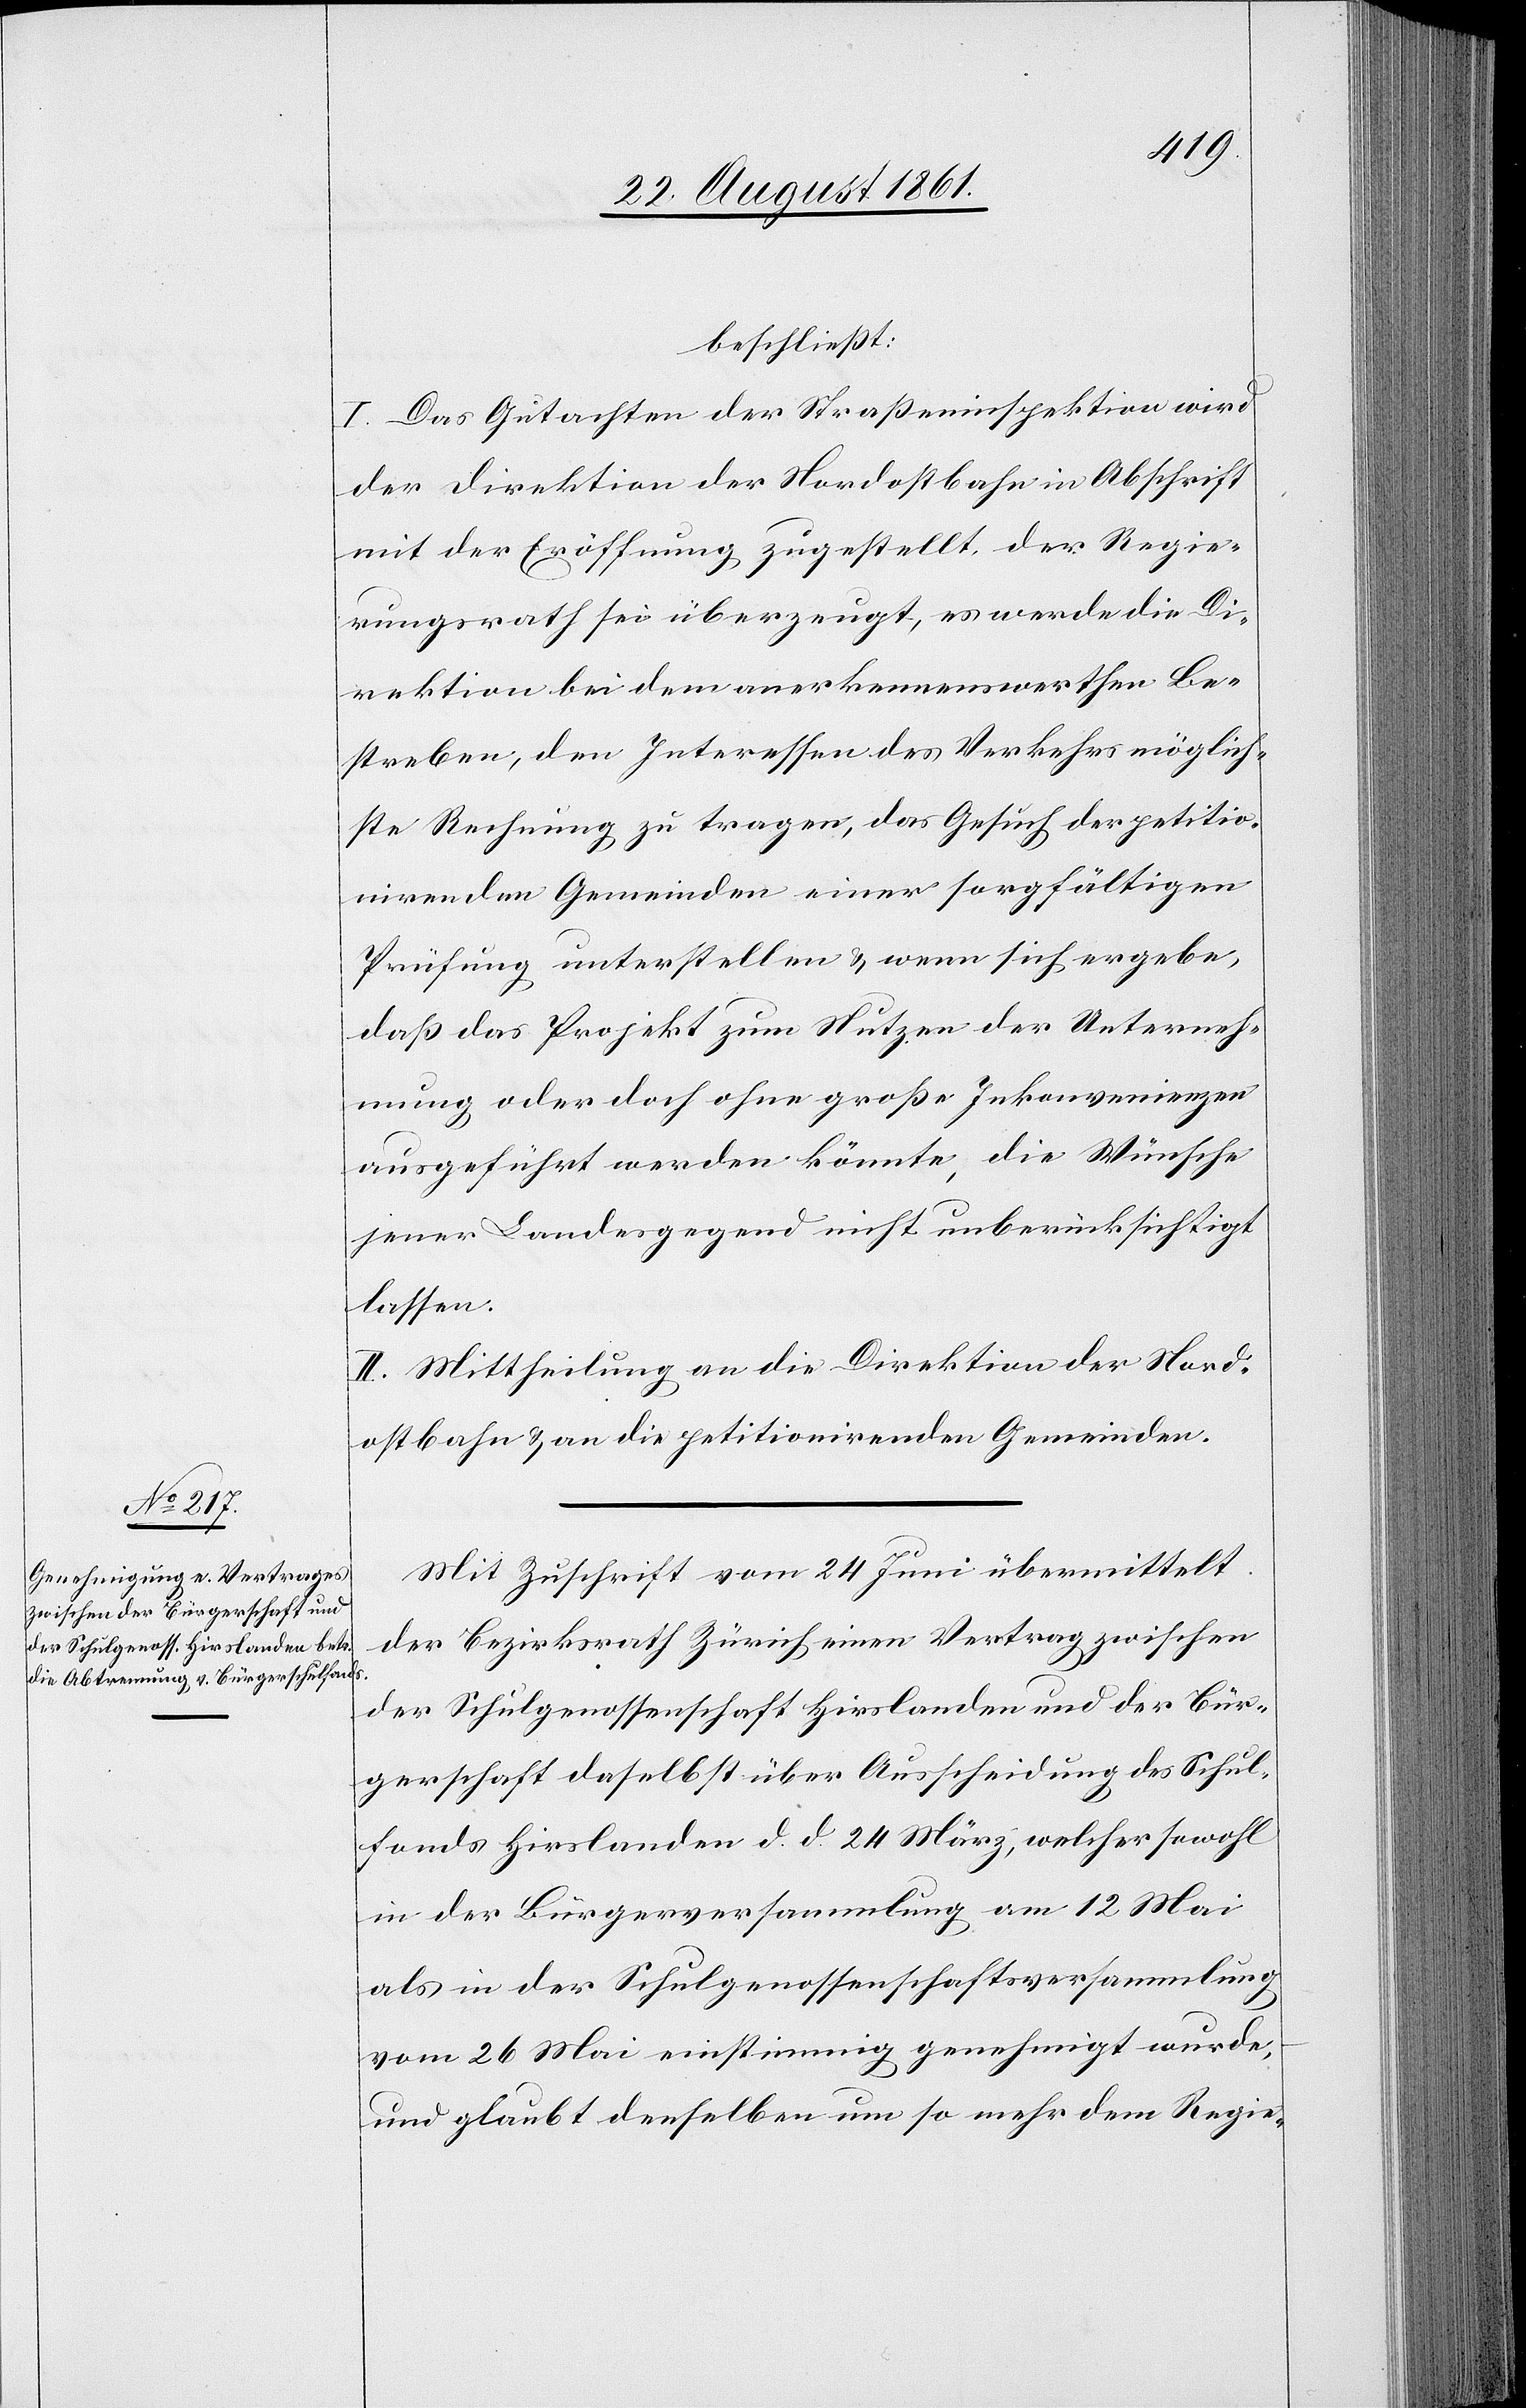
beschließt:
I. Das Gutachten der Straßeninspektion wird
der Direktion der Nordostbahn in Abschrift
mit der Eröffnung zugestellt, der Regie¬
rungsrath sei überzeugt, es werde die Di¬
rektion bei dem anerkennswerthen Be¬
streben, den Interessen des Verkehrs möglich¬
ste Rechnung zu tragen, das Gesuch der petitio¬
nirenden Gemeinden einer sorgfältigen
Prüfung unterstellen u. wenn sich ergebe,
daß das Projekt zum Nutzen der Unterneh¬
mung oder doch ohne große Inkonvenienzen
ausgeführt werden könnte, die Wünsche
jener Landesgegend nicht unberücksichtigt
lassen.
II. Mittheilung an die Direktion der Nord¬
ostbahn u. an die petitionirenden Gemeinden.
Mit Zuschrift vom 24 Juni übermittelt
der Bezirksrath Zürich einen Vertrag zwischen
der Schulgenossenschaft Hirslanden und der Bür¬
gerschaft daselbst über Ausscheidung des Schul¬
fonds Hirslanden d. d. 24 März, welcher sowohl
in der Bürgerversammlung am 12 Mai
als in der Schulgenossenschaftsversammlung
vom 24 Mai einstimmig genehmigt wurde,
und glaubt denselben um so mehr dem Regie-